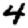
Digit: 4